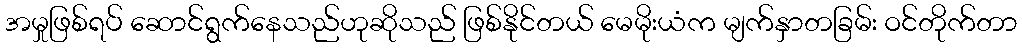
အမှုဖြစ်ရပ် ဆောင်ရွက်နေသည်ဟုဆိုသည် ဖြစ်နိုင်တယ် မေမိုးယံက မျက်နှာတခြမ်း ဝင်တိုက်တာ